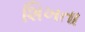
શિખતા